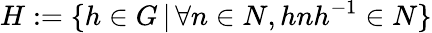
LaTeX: H:=\{ h\in G\, |\, \forall n\in N,hnh^{-1}\in N\}